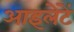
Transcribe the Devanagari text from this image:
आइलेटें